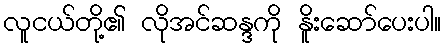
လူငယ်တို့၏ လိုအင်ဆန္ဒကို နိူးဆော်ပေးပါ။